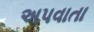
અપવાતા